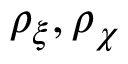
\rho _ { \xi } , \rho _ { \chi }